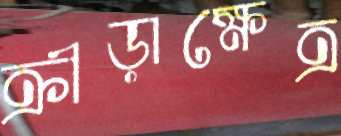
ক্রীড়াক্ষেত্র